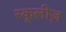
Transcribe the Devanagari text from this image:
स्कूलीज़